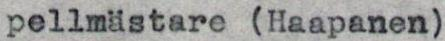
pellmästare (Haapanen)